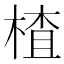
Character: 楂